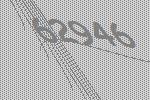
62946